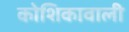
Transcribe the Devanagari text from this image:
कोशिकावाली